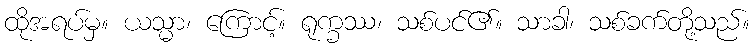
ထိုအရပ်မှ။ ယသ္မာ၊ ကြောင့်။ ရုက္ခဿ၊ သစ်ပင်၏။ သာခါ၊ သစ်ခက်တို့သည်။